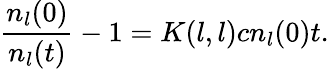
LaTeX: \frac{n_{l}(0)}{n_{l}(t)}-1=K(l,l)cn_{l}(0)t.